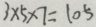
3 \times 5 \times 7 = 1 0 5